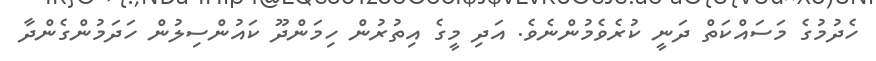
ހެދުމުގެ މަސައްކަތް ދަނީ ކުރެވެމުންނެވެ. އަދި މީގެ އިތުރުން ހިމަންދޫ ކައުންސިލުން ހަދަމުންގެންދާ